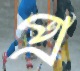
প্র